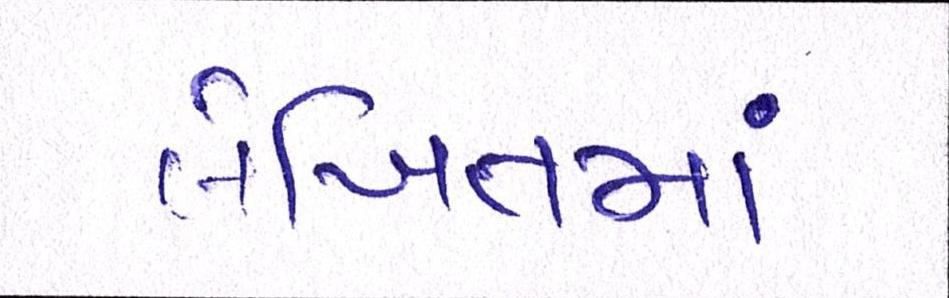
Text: લેખિતમાં